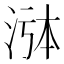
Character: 𬇸